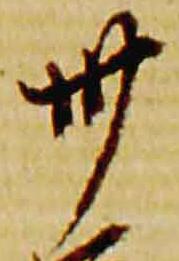
卅